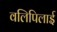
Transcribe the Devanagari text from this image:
वलिपिलाई